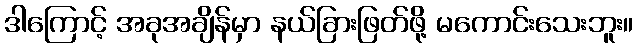
ဒါကြောင့် အခုအချိန်မှာ နယ်ခြားဖြတ်ဖို့ မကောင်းသေးဘူး။